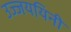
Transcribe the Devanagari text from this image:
उज्जययिनी